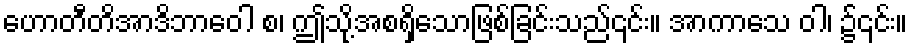
ဟောတီတိအာဒိဘာဝေါ စ၊ ဤသို့အစရှိသောဖြစ်ခြင်းသည်၎င်း။ အာကာသေ ဝါ၊ ၌၎င်း။